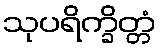
သုပရိက္ခိတ္တံ